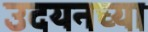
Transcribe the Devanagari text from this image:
उदयनच्या